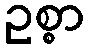
ဥစ္စာ